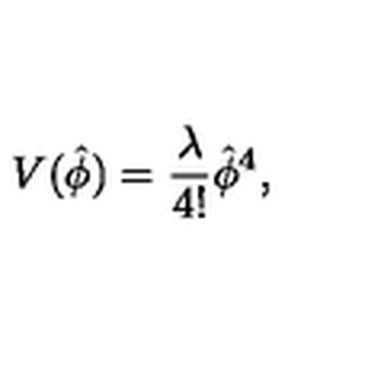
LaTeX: V ( \hat { \phi } ) = { \frac { \lambda } { 4 ! } } \hat { \phi } ^ { 4 } ,